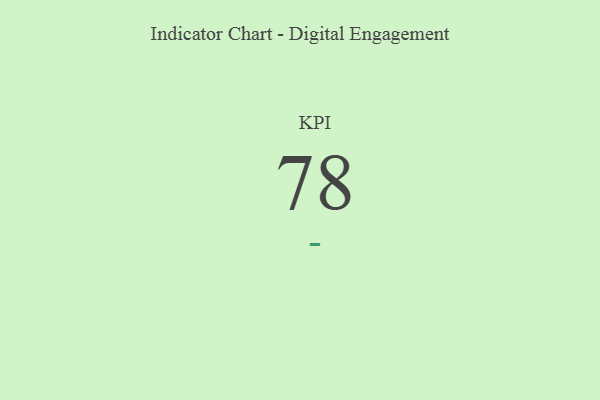
{"axis": {"x": "KPI", "y": "Value"}, "legend": [""], "data": [{"x": "KPI", "y": 78, "type": ""}]}